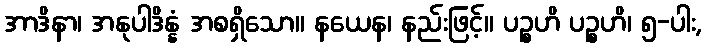
အာဒိနာ၊ အနုပါဒိန္နံ အစရှိသော။ နယေန၊ နည်းဖြင့်။ ပဉ္စဟိ ပဉ္စဟိ၊ ၅-ပါး,